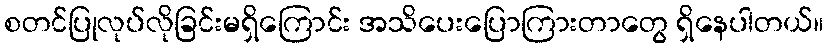
စတင်ပြုလုပ်လိုခြင်းမရှိကြောင်း အသိပေးပြောကြားတာတွေ ရှိနေပါတယ်။